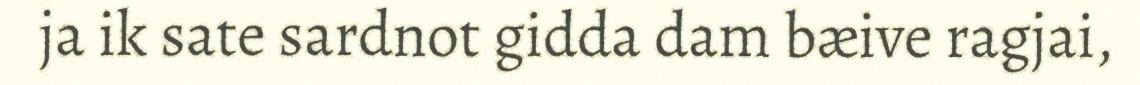
ja ik sate sardnot gidda dam bæive ragjai,